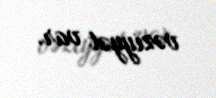
vəziyyət var.